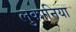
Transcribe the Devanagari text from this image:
लुकानिया